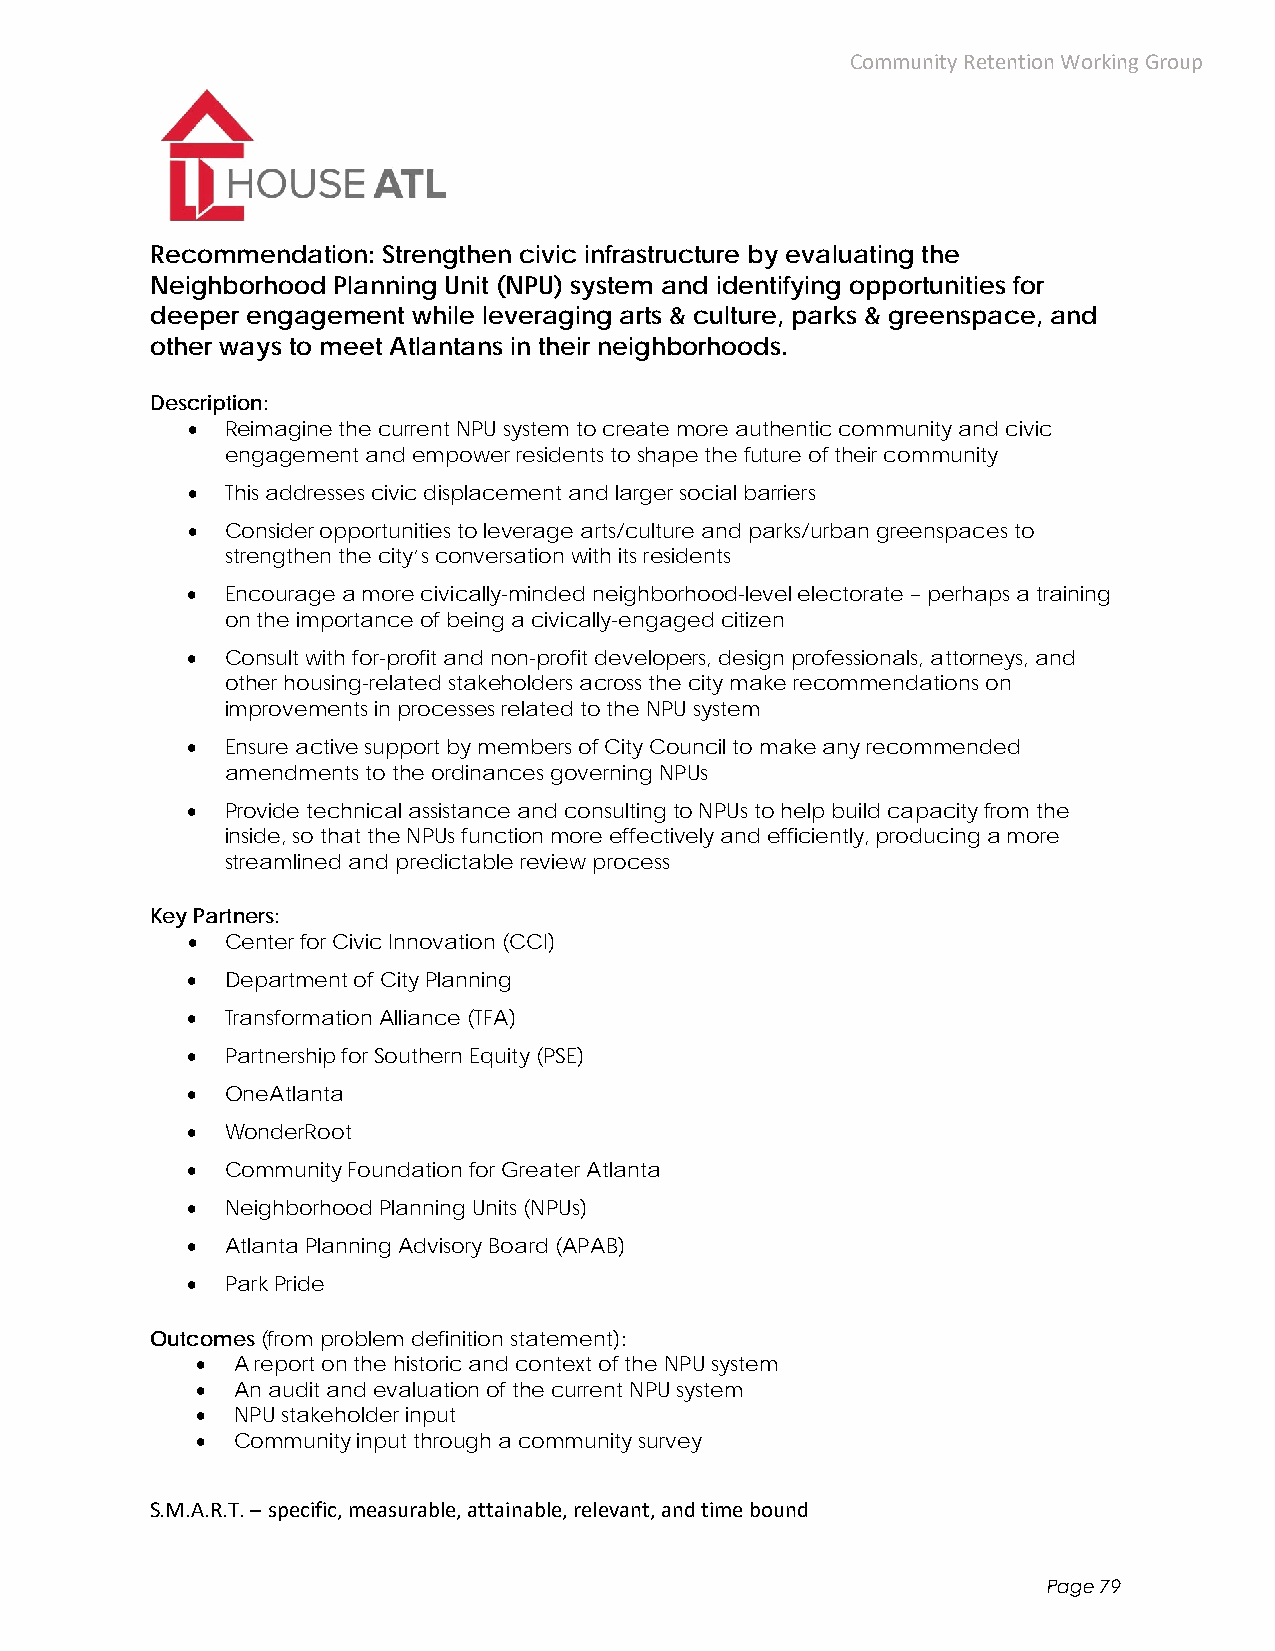
Community Retention Working Group
 Recommendation: Strengthen civic infrastructure by evaluating the
 Neighborhood Planning Unit (NPU) system and identifying opportunities for
 deeper engagement while leveraging arts & culture, parks & greenspace, and
 other ways to meet Atlantans in their neighborhoods.
 Description:
   Reimagine the current NPU system to create more authentic community and civic
 engagement and empower residents to shape the future of their community
   This addresses civic displacement and larger social barriers
   Consider opportunities to leverage arts/culture and parks/urban greenspaces to
 strengthen the city’s conversation with its residents
   Encourage a more civically-minded neighborhood-level electorate – perhaps a training
 on the importance of being a civically-engaged citizen
   Consult with for-profit and non-profit developers, design professionals, attorneys, and
 other housing-related stakeholders across the city make recommendations on
 improvements in processes related to the NPU system
   Ensure active support by members of City Council to make any recommended
 amendments to the ordinances governing NPUs
   Provide technical assistance and consulting to NPUs to help build capacity from the
 inside, so that the NPUs function more effectively and efficiently, producing a more
 streamlined and predictable review process
 Key Partners:
   Center for Civic Innovation (CCI)
   Department of City Planning
   Transformation Alliance (TFA)
   Partnership for Southern Equity (PSE)
   OneAtlanta
   WonderRoot
   Community Foundation for Greater Atlanta
   Neighborhood Planning Units (NPUs)
   Atlanta Planning Advisory Board (APAB)
   Park Pride
 Outcomes (from problem definition statement):
  A report on the historic and context of the NPU system
  An audit and evaluation of the current NPU system
  NPU stakeholder input
  Community input through a community survey
 S.M.A.R.T. – specific, measurable, attainable, relevant, and time bound
 Page 79